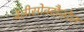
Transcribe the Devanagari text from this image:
बेंज़ीसोक्सैज़ोल